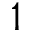
1